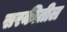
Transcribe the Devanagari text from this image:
सरकीतील